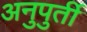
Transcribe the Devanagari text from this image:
अनुपुर्ती